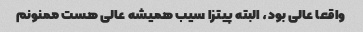
واقعا عالی بود، البته پیتزا سیب همیشه عالی هست ممنونم